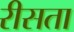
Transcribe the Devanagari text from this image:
रीसता